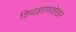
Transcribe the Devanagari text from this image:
शिवज्ञाणशेखर